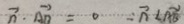
\overrightarrow { n } \cdot \overrightarrow { A B } = 0 \cdots \overrightarrow { n } < \overrightarrow { A B }